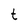
Character: t